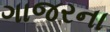
ગાજરના